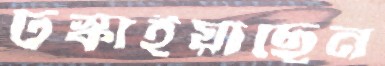
টস্‌কাইয়াছেন